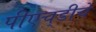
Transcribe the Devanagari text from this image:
पीएच्‌डीचे